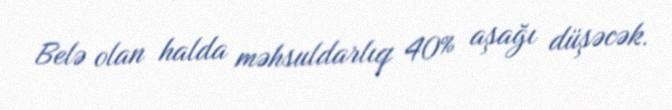
Belə olan halda məhsuldarlıq 40% aşağı düşəcək.